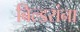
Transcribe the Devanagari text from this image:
बिल्डरांना